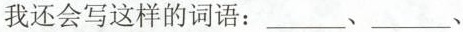
我还会写这样的词语：___、___、